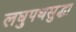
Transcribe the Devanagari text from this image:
लघुपथसुद्धा